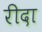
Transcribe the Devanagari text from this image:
रीदा